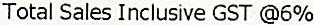
TOTAL SALES INCLUSIVE GST @6%